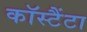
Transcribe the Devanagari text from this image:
कॉस्टैंटा